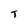
Character: T